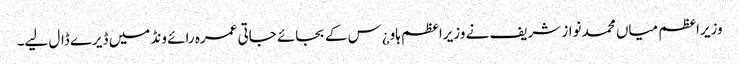
وزیراعظم میاں محمد نواز شریف نے وزیراعظم ہاو¿س کے بجائے جاتی عمرہ رائے ونڈ میں ڈیرے ڈال لیے۔